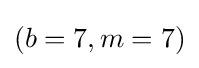
(b=7,m=7)